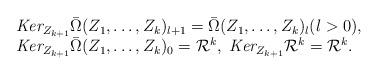
LaTeX: \begin{align*}\begin{array}{l}\emph{Ker}_{Z_{k+1}}\bar\Omega(Z_1,\ldots,Z_k)_{l+1}=\bar\Omega(Z_1,\ldots,Z_k)_{l}(l>0),\\\emph{Ker}_{Z_{k+1}}\bar\Omega(Z_1,\ldots,Z_k)_0=\mathcal R^k,\ \emph{Ker}_{Z_{k+1}}\mathcal R^k=\mathcal R^k.\end{array}\end{align*}